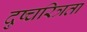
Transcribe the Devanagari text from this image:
दुष्चरित्रता